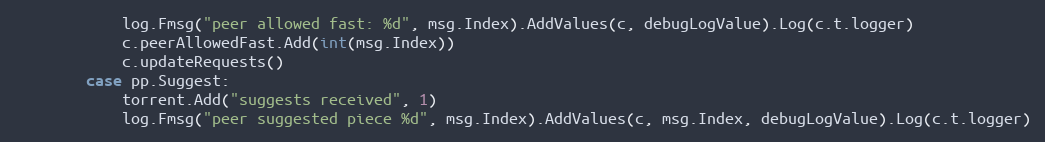
Language: Go
			log.Fmsg("peer allowed fast: %d", msg.Index).AddValues(c, debugLogValue).Log(c.t.logger)
			c.peerAllowedFast.Add(int(msg.Index))
			c.updateRequests()
		case pp.Suggest:
			torrent.Add("suggests received", 1)
			log.Fmsg("peer suggested piece %d", msg.Index).AddValues(c, msg.Index, debugLogValue).Log(c.t.logger)